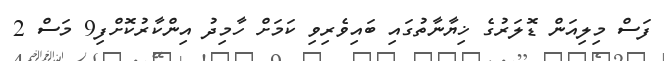
ފަސް މިލިއަން ޑޮލަރުގެ ޚިޔާނާތުގައި ބައިވެރިވި ކަމަށް ހާމިދު އިންކާރުކޮށްފި9 މަސް 2